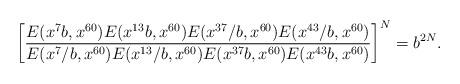
LaTeX: \begin{align*}\left[\frac{E(x^7b,x^{60})E(x^{13}b,x^{60})E(x^{37}/b,x^{60})E(x^{43}/b,x^{60})}{E(x^7/b,x^{60})E(x^{13}/b,x^{60})E(x^{37}b,x^{60})E(x^{43}b,x^{60})}\right]^N=b^{2N}.\end{align*}